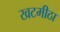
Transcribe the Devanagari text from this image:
खटमीठा